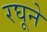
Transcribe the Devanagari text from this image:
रघूने